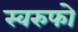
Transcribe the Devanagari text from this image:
स्वरुफो